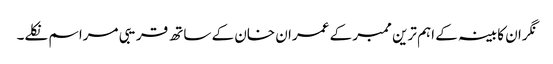
نگران کابینہ کے اہم ترین ممبر کے عمران خان کے ساتھ قریبی مراسم نکلے۔